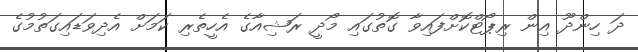
ދަ ހިންދޫ އިން ރިޕޯޓްކޮށްފައިވާ ގޮތުގައި މޯދީ ރަޝިއާގެ އެހީތެރި ކަމަށް އެދިވަޑައިގަތުމުގެ